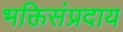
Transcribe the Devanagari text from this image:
भक्तिसंप्रदाय